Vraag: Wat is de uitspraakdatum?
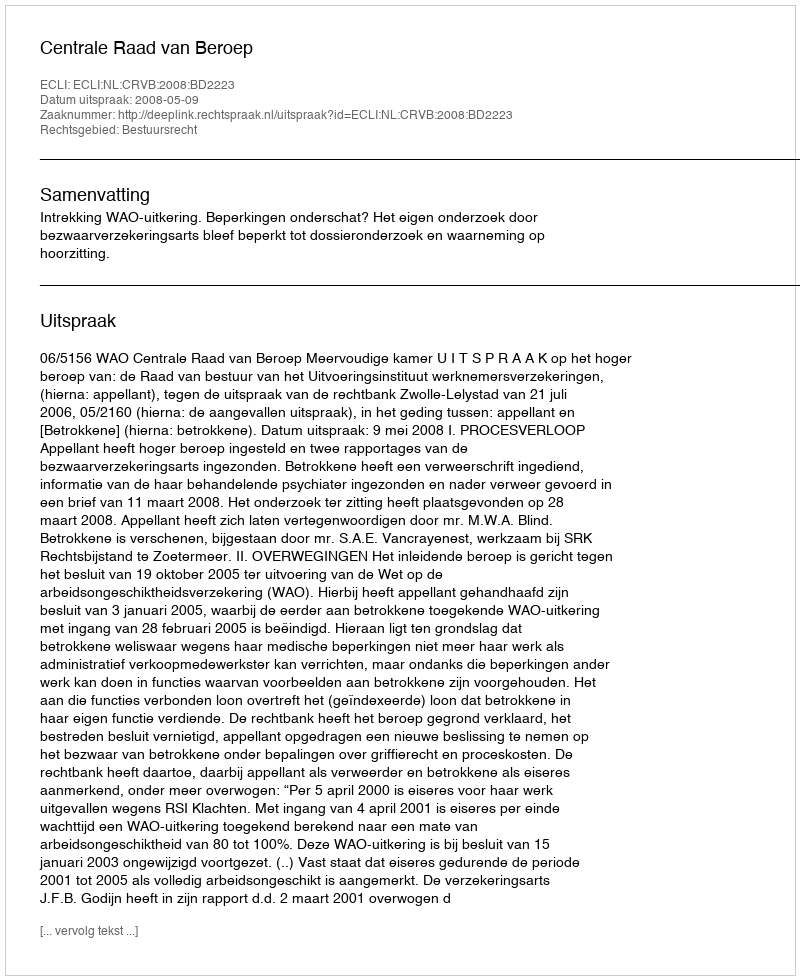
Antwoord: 2008-05-09